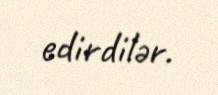
edirdilər.